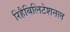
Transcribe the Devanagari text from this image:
रिहैबिलिटेशनल